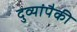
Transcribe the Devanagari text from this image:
दुव्यांपैकी